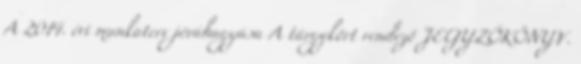
A 2014. évi munkaterv jóváhagyása A tárgykört rendező JEGYZŐKÖNYV.